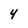
Character: 4